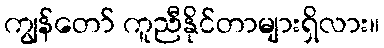
ကျွန်တော် ကူညီနိုင်တာများရှိလား။